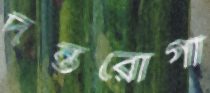
দন্তরোগী